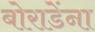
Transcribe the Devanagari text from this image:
बोराडेंना